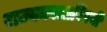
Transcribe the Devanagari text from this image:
राज्यकालाविषयी